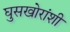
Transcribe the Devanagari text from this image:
घुसखोरांशी